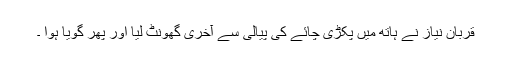
قربان نیاز نے ہاتھ میں پکڑی چائے کی پیالی سے آخری گھونٹ لیا اور پھر گویا ہوا ۔